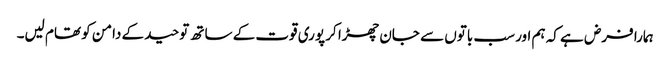
ہمارا فرض ہے کہ ہم اور سب باتوں سے جان چھڑا کر پوری قوت کے ساتھ توحید کے دامن کو تھام لیں۔